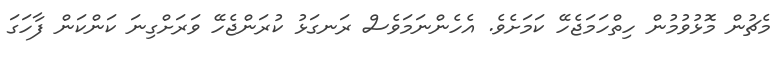
މެޗުން މޮޅުވުމުން ހިތްހަމަޖެހޭ ކަމަށެވެ. އެހެންނަމަވެސް ރަނގަޅު ކުރަންޖެހޭ ވަރަށްގިނަ ކަންކަން ފާހަގަ